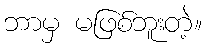
ဘာမှ မဖြစ်ဘူးတဲ့။